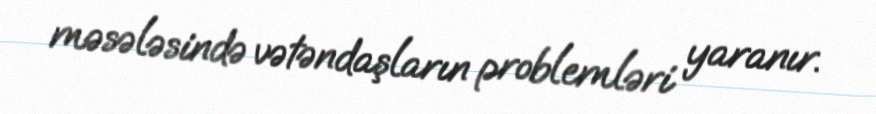
məsələsində vətəndaşların problemləri yaranır.